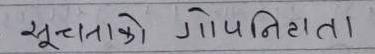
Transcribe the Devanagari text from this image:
सूचनाको गोपनिष्टता